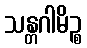
သန္တဂါမိဉ္စ